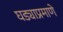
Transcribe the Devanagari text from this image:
घड्याप्रमाणे